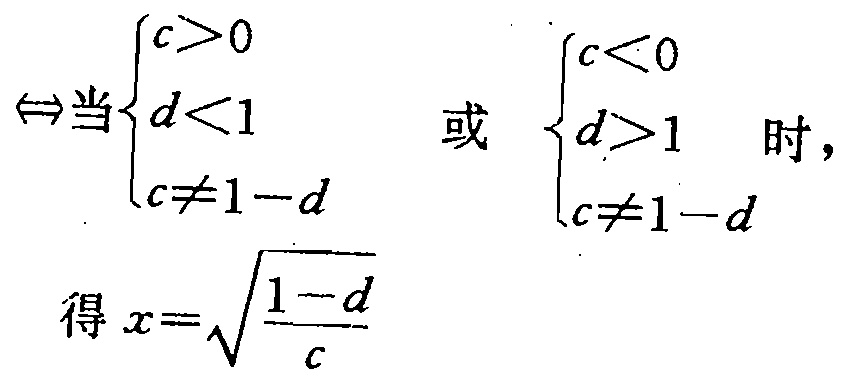
$\Leftrightarrow 当\begin{cases}

c>0 \\

d<1 \\

c\neq 1 - d

\end{cases}或\begin{cases}

c<0 \\

d>1 \\

c\neq 1 - d

\end{cases}时,\\

得\ x = \sqrt{\frac{1 - d}{c}}$